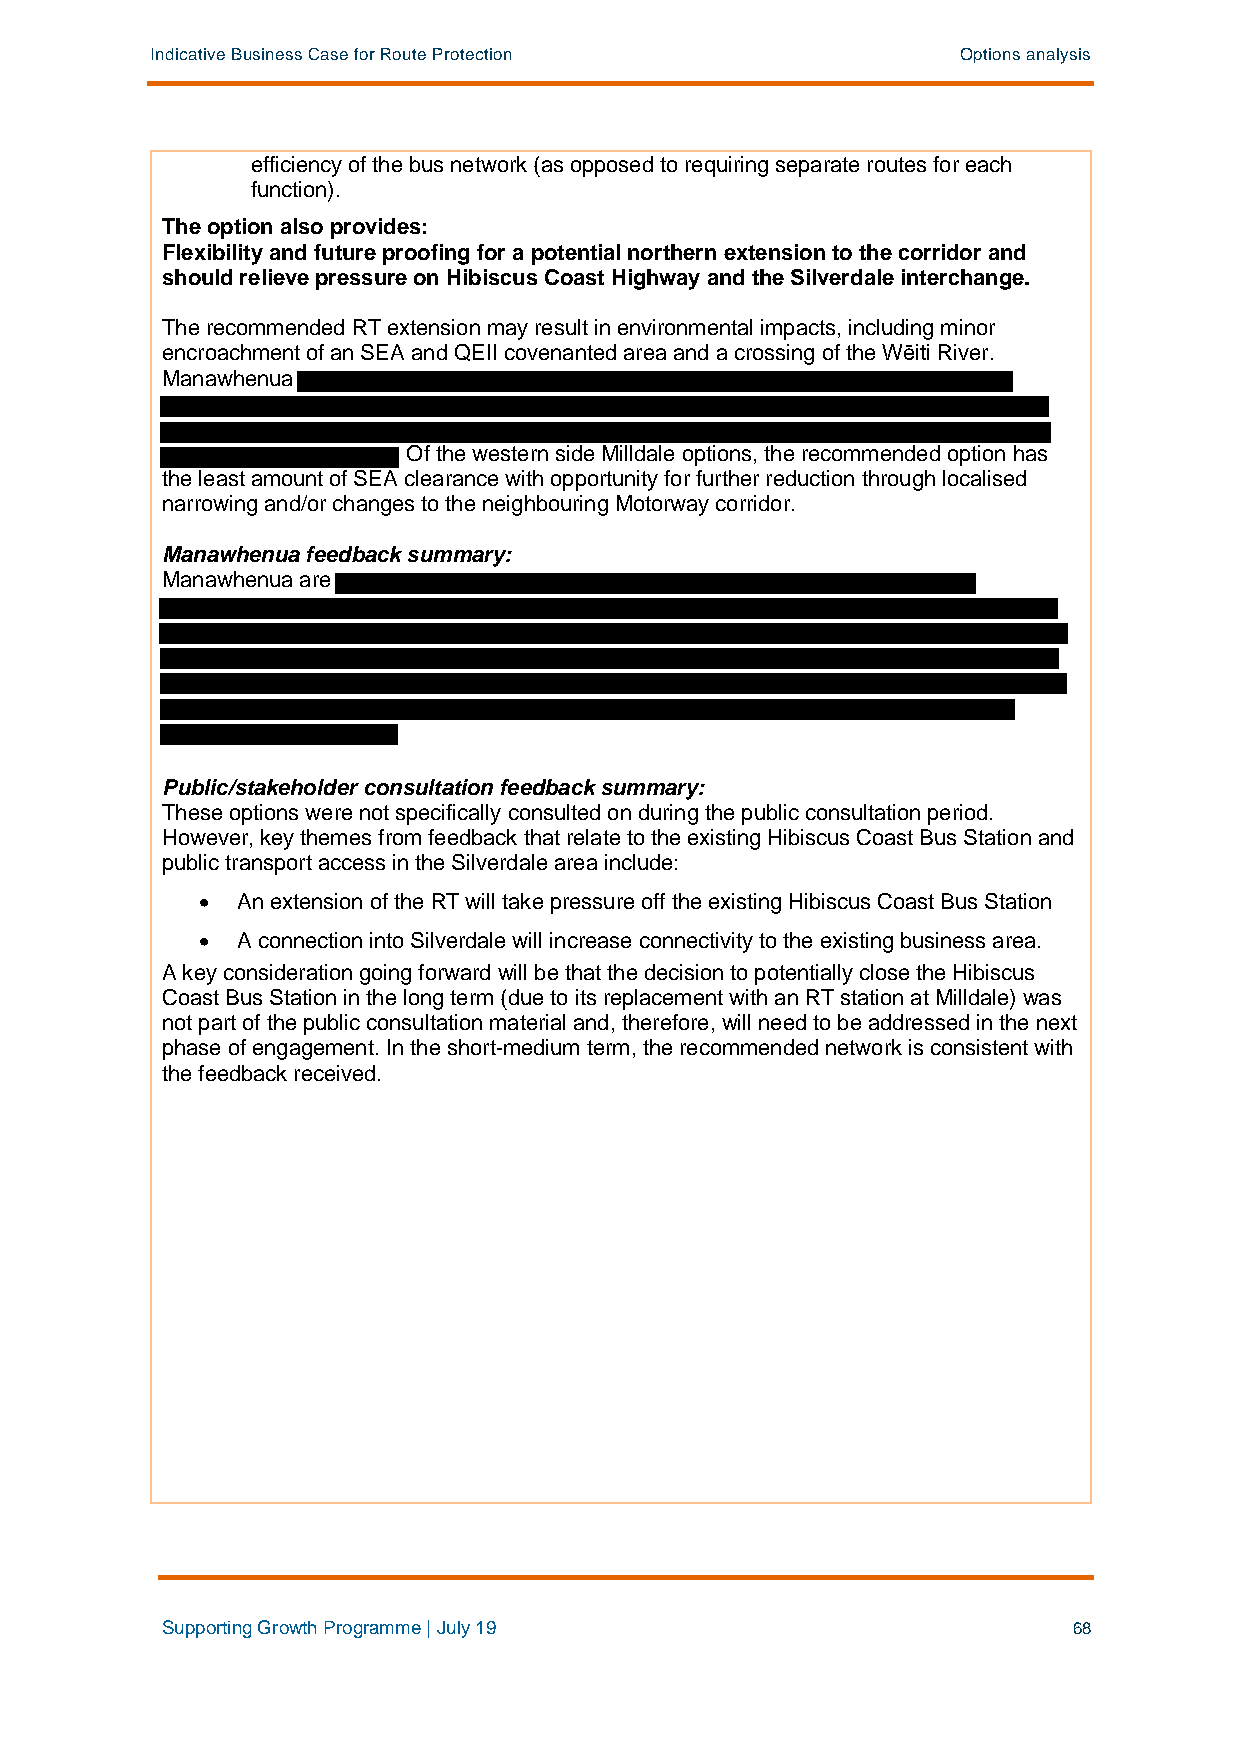
Indicative Business Case for Route Protection         Options analysis
 efficiency of the bus network (as opposed to requiring separate routes for each
 function).
 The option also provides:
 Flexibility and future proofing for a potential northern extension to the corridor and
 should relieve pressure on Hibiscus Coast Highway and the Silverdale interchange.
 The recommended RT extension may result in environmental impacts, including minor
 encroachment of an SEA and QEII covenanted area and a crossing of the Wēiti River.
 Manawhenua
 Of the western side Milldale options, the recommended option has
 the least amount of SEA clearance with opportunity for further reduction through localised
 narrowing and/or changes to the neighbouring Motorway corridor.
 Manawhenua feedback summary:
 Manawhenua are
 Public/stakeholder consultation feedback summary:
 These options were not specifically consulted on during the public consultation period.
 However, key themes from feedback that relate to the existing Hibiscus Coast Bus Station and
 public transport access in the Silverdale area include:
 •  An extension of the RT will take pressure off the existing Hibiscus Coast Bus Station
 •  A connection into Silverdale will increase connectivity to the existing business area.
 A key consideration going forward will be that the decision to potentially close the Hibiscus
 Coast Bus Station in the long term (due to its replacement with an RT station at Milldale) was
 not part of the public consultation material and, therefore, will need to be addressed in the next
 phase of engagement. In the short-medium term, the recommended network is consistent with
 the feedback received.
 Supporting Growth Programme | July 19                       68